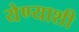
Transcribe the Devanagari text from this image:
येण्याशी